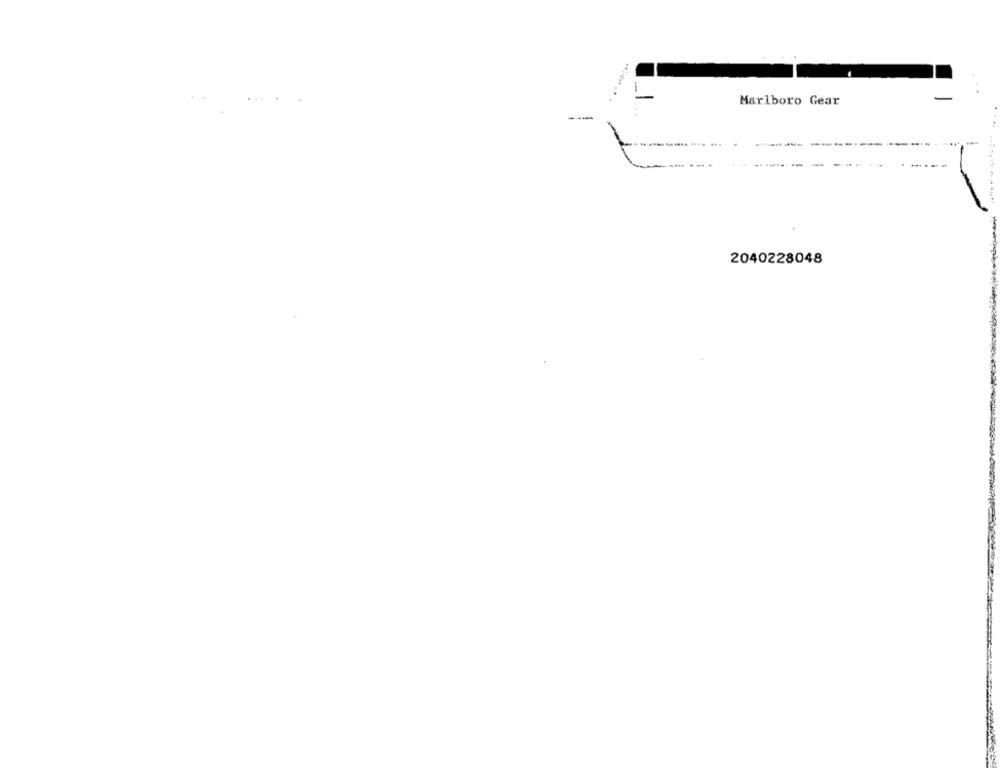
Marlboro Gear
---
2040228048